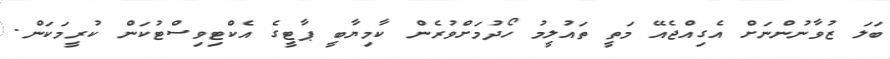
ބަލަ ޒުވާނުންނަށް އެގިއްޖެއޭ މަތީ ތައުލީމު ހޯދުމަށްވުރެން ކާމިޔާބީ ޕާޓީގެ އެކްޓިވިސްޓުކަން ކުރީމަކަން.